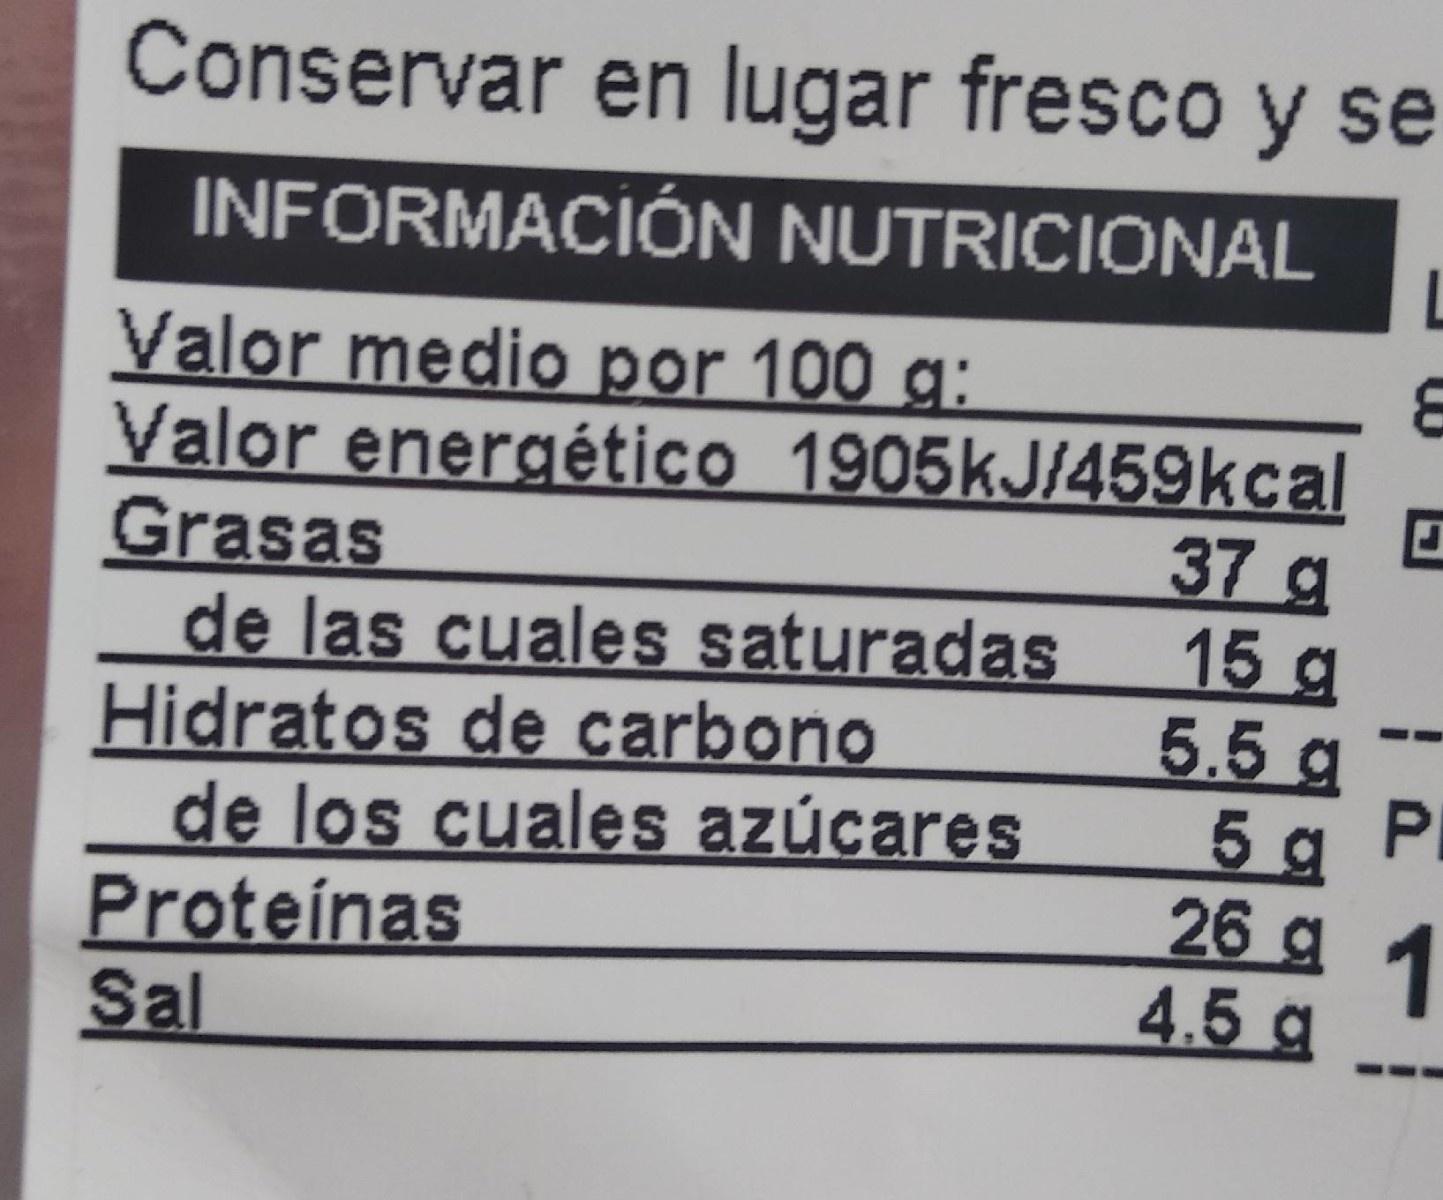
Conservar en lugar fresco y se INFORMACIÓN NUTRICIONAL L Valor medio por 100 g: Valor energético 1905KJ/459kcal Grasas de las cuales saturadas Hidratos de carbono de los cuales azúcares Proteínas Sal 37 g 15 g 5.5 g 26 g 1 4.5 g